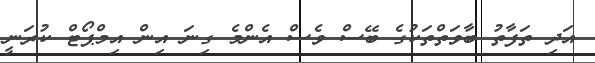
އަދި ތަފާތު ބާވަތްތަކުގެ ބޭސް ވެސް އެންމެ ގިނަ އިން އިމްޕޯޓް ކުރަނީ